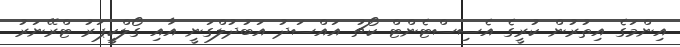
އިންމަގެ އިތުރުން ކުރީގެ އެސިސްޓެންޓް ކޯޗު އައްސަދު އަބުދުލްގަނީ އާއި ގޯލްކީޕަރު ޓްރޭނަރު